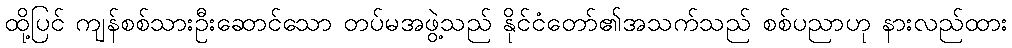
ထို့ပြင် ကျန်စစ်သားဦးဆောင်သော တပ်မအဖွဲ့သည် နိုင်ငံတော်၏အသက်သည် စစ်ပညာဟု နားလည်ထား